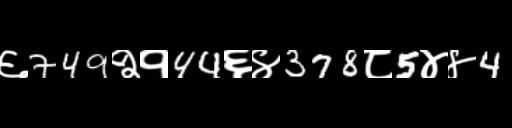
Text: ६749२१44६४378८5४४4